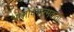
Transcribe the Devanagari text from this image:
आलोचनात्मकता